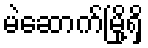
မဲဆောက်မြို့ရှိ